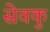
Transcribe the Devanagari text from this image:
सेवकु